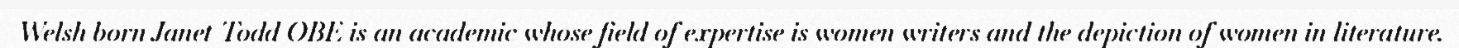
Welsh born Janet Todd OBE is an academic whose field of expertise is women writers and the depiction of women in literature.